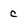
Character: c